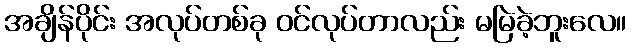
အချိန်ပိုင်း အလုပ်တစ်ခု ဝင်လုပ်တာလည်း မမြဲခဲ့ဘူးလေ။